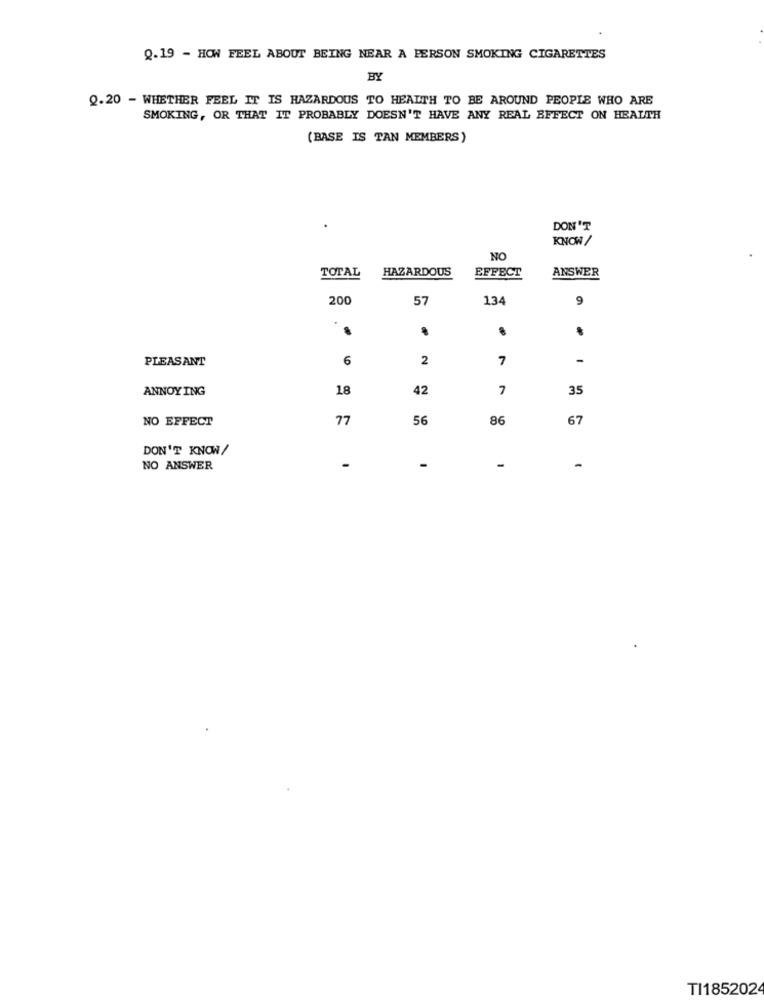
Q.19 - HOW FEEL ABOUT BEING NEAR A PERSON SMOKING CIGARETTES
BY
Q.20 - WHETHER FEEL IT IS HAZARDOUS TO HEALTH TO BE AROUND PEOPLE WHO ARE
SMOKING, OR THAT IT PROBABLY DOESN'T HAVE ANY REAL EFFECT ON HEALTH
(BASE IS TAN MEMBERS)
.
DON'T
KNOW /
NO
TOTAL
HAZARDOUS
EFFECT
ANSWER
200
57
134
9
PLEASANT
6
2
7
-
ANNOYING
18
42
7
35
NO EFFECT
77
56
86
67
DON'T KNOW/
NO ANSWER
-
-
-
-
TI185202